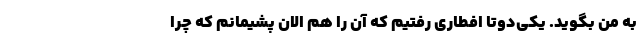
به من بگوید. یکی‌دوتا افطاری رفتیم که آن را هم الان پشیمانم که چرا